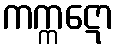
ကက္ကဋော